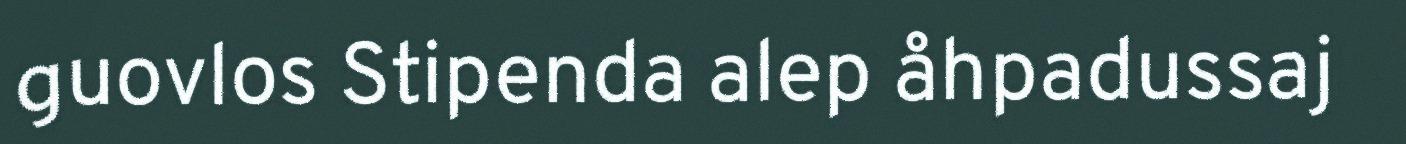
guovlos Stipenda alep åhpadussaj